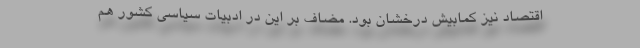
اقتصاد نیز کمابیش درخشان بود. مضاف بر این در ادبیات سیاسی کشور هم